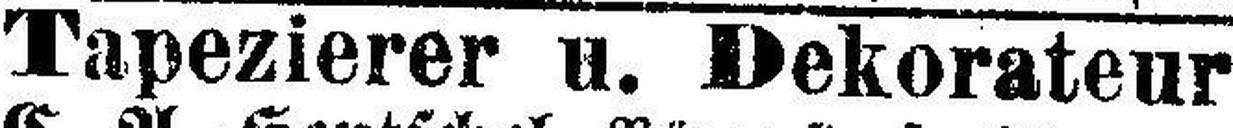
Tapezierer u. Dekorateur